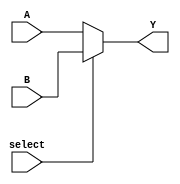
// ECE 5440/6370 
// Four Bit Two to One Mux
// Multiplexor with Two-Four Bit Inputs
// 

// Inputs:
//      A: Input A
//      B: Input B
//      select: Selects A or B
//
// Outputs:
//      Y: Equal to A when select is low, equal to B when select is high


module fourBitTwoToOneMux(
                  input [3:0] A,
                  input [3:0] B,
                  input select,
                  output reg [3:0] Y);

    always @(select, A, B)
    begin
        Y = (select == 1'b0) ? A : B;
    end 
endmodule